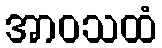
အာဝသထံ